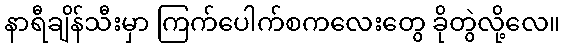
နာရီချိန်သီးမှာ ကြက်ပေါက်စကလေးတွေ ခိုတွဲလို့လေ။